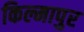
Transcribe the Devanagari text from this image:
किल्मापुर